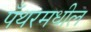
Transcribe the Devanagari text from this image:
पँथरमधील